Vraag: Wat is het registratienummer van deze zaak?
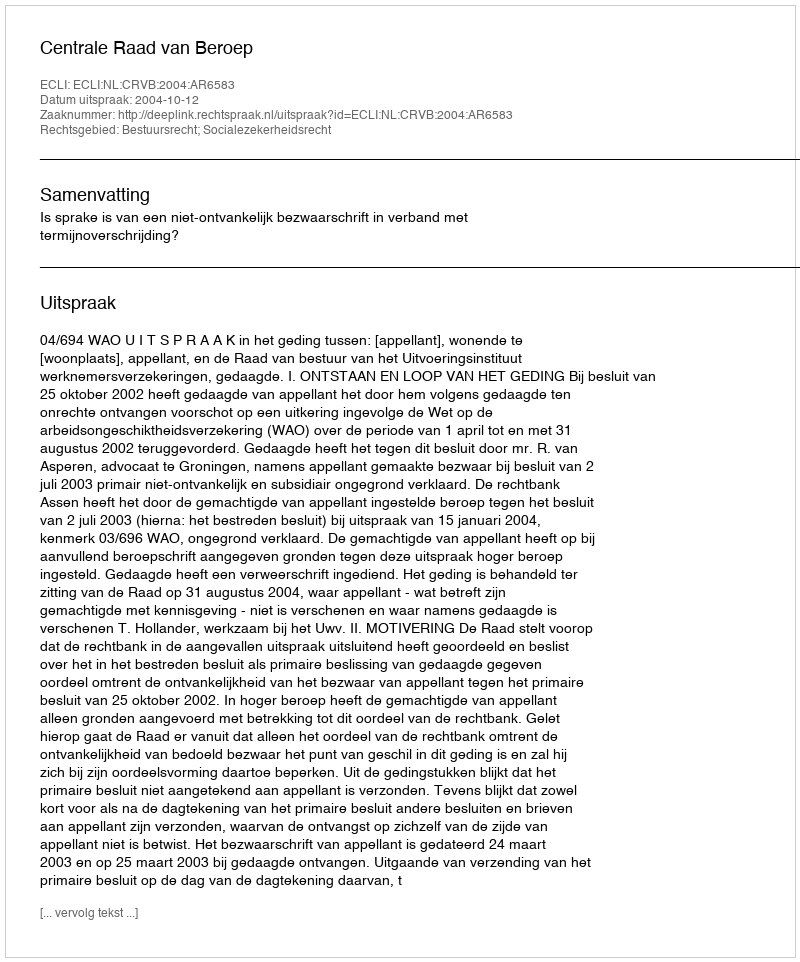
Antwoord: http://deeplink.rechtspraak.nl/uitspraak?id=ECLI:NL:CRVB:2004:AR6583